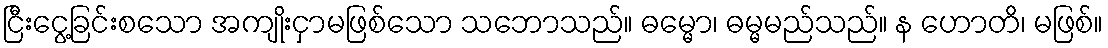
ငြီးငွေ့ခြင်းစသော အကျိုးငှာမဖြစ်သော သဘောသည်။ ဓမ္မော၊ ဓမ္မမည်သည်။ န ဟောတိ၊ မဖြစ်။